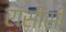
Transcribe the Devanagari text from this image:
रांसीसी